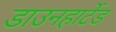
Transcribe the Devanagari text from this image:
डाउनहार्टेड